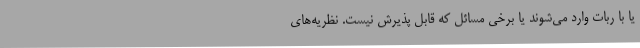
یا با ربات وارد می‌شوند یا برخی مسائل که قابل پذیرش نیست. نظریه‌های